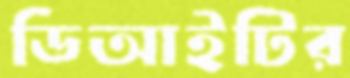
ডিআইটির